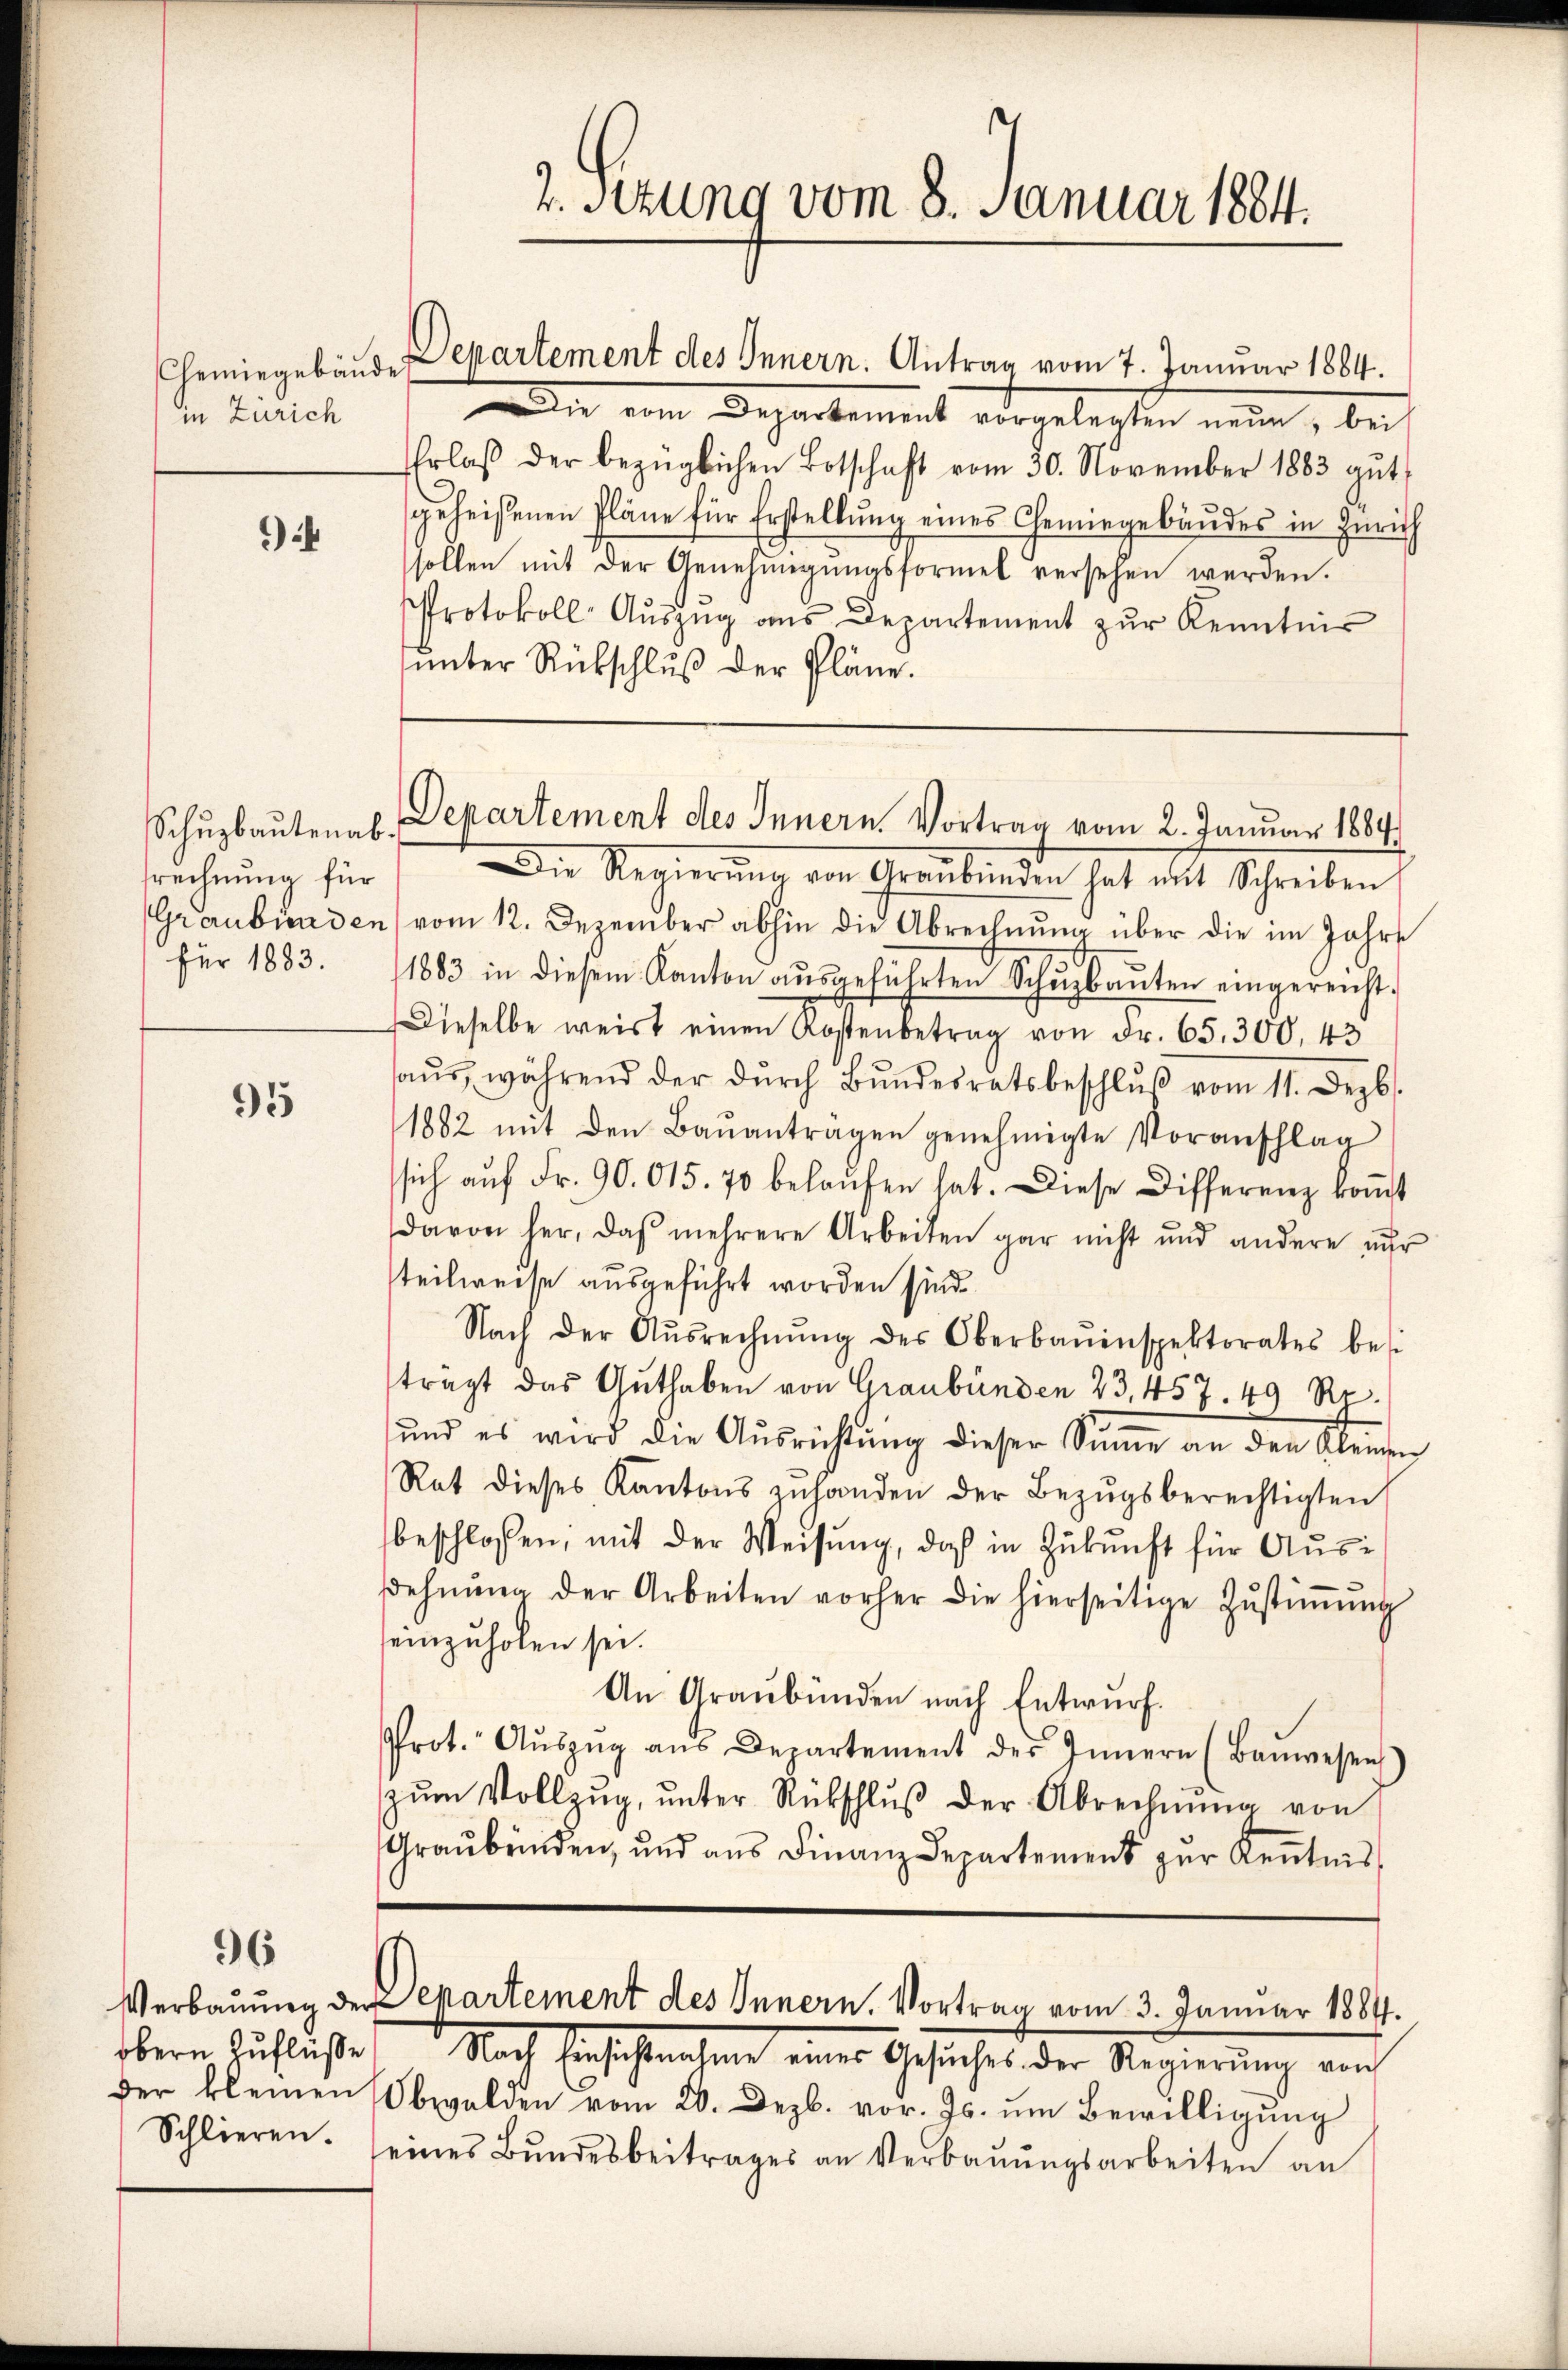
in Zürich

95

96

9

srechnung für

Chemingebäude Departement des Innern. Antrag vom 7. Januar 1884.
Die vom Departement vorgelegten neue, bei
Erlaβ der bezüglichen Botschaft vom 30. November 1883 gŭt
geheißenen Pläne für Erstellŭng eines Chemingebäŭdes in Zürich
sollen mit der Genehmigŭngsformel versehen werden.
Protokoll Aŭszŭg ans Departement zŭr Kenntnis
unter Rückschluß der Pläne.

2. Setzung vom 8. Januar 1884.

Schuzbautenab. Departement des Innern Vortrag vom 2. Januar 1884.

Die Regierung der Graubünden hat mit Schreiben
Graubünden vom 12. Dezember abhin die Abrechnung über die im Jahre
für 1883. 1883 in diesem Kanton aŭsgeführten Schŭsbaŭten eingereicht-
Dieselbe weist einen Kostenbetrag von Fr. 65. 300, 43
haŭs während der dŭrch Bŭndesratsbeschlŭβ vom 11. Dezbr.
1882 mit den Baŭantragen genehmigte Voranschlag
sich aŭf Fr. 90. 015. 70 belaŭfen hat. Diese Differenz koṁt
davon her, daß mehrere Arbeiten gar nicht und andere nur
steilweise ausgeführt worden sind.
Nach der Aŭsrechnŭng des Oberbauinspektorates bes
tragt das Guthaben von Graubünden 23, 457. 49 Re¬
und es wird die Ausrichtung dieser Sinne an den Kleister
Rat dieses Kantons zŭ handen der Bezŭgsberechtigten
beschlossen, mit der Weisung, daß in Zukunft für Aŭs-
ehnŭng der Arbeiten vorher die hierseitige Zŭstiṁŭng
einzuholen sei.
An Graubünden nach Entwurf.
Prot. Aŭszŭg ans Departement des Innern (Baŭwesen
zŭm Vollzŭg, ŭnter Rückschlŭβ der Abrechnŭng von
Graubrinden, und aus Finanz Departement zur Kenntnis

Verbauung der Departement des Innern. Vortrag vom 3. Januar 1884.

obern Zuflisten Nach Einsichtnahmen eines Gesuches der Regierung von
der kleinen Obwalden vom 20. Dezb. vor. Js. um Bewilligung
Schlieren. seines Bŭndesbeitrages an Verbaŭŭngsarbeiten an